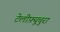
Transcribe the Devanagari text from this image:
टेलीफ़्यूचुरा